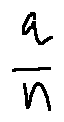
\frac { q } { n }